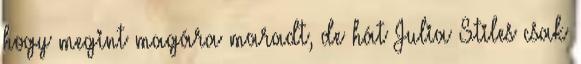
hogy megint magára maradt, de hát Julia Stiles csak